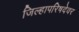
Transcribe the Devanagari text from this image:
जिल्हापरिषदेवर